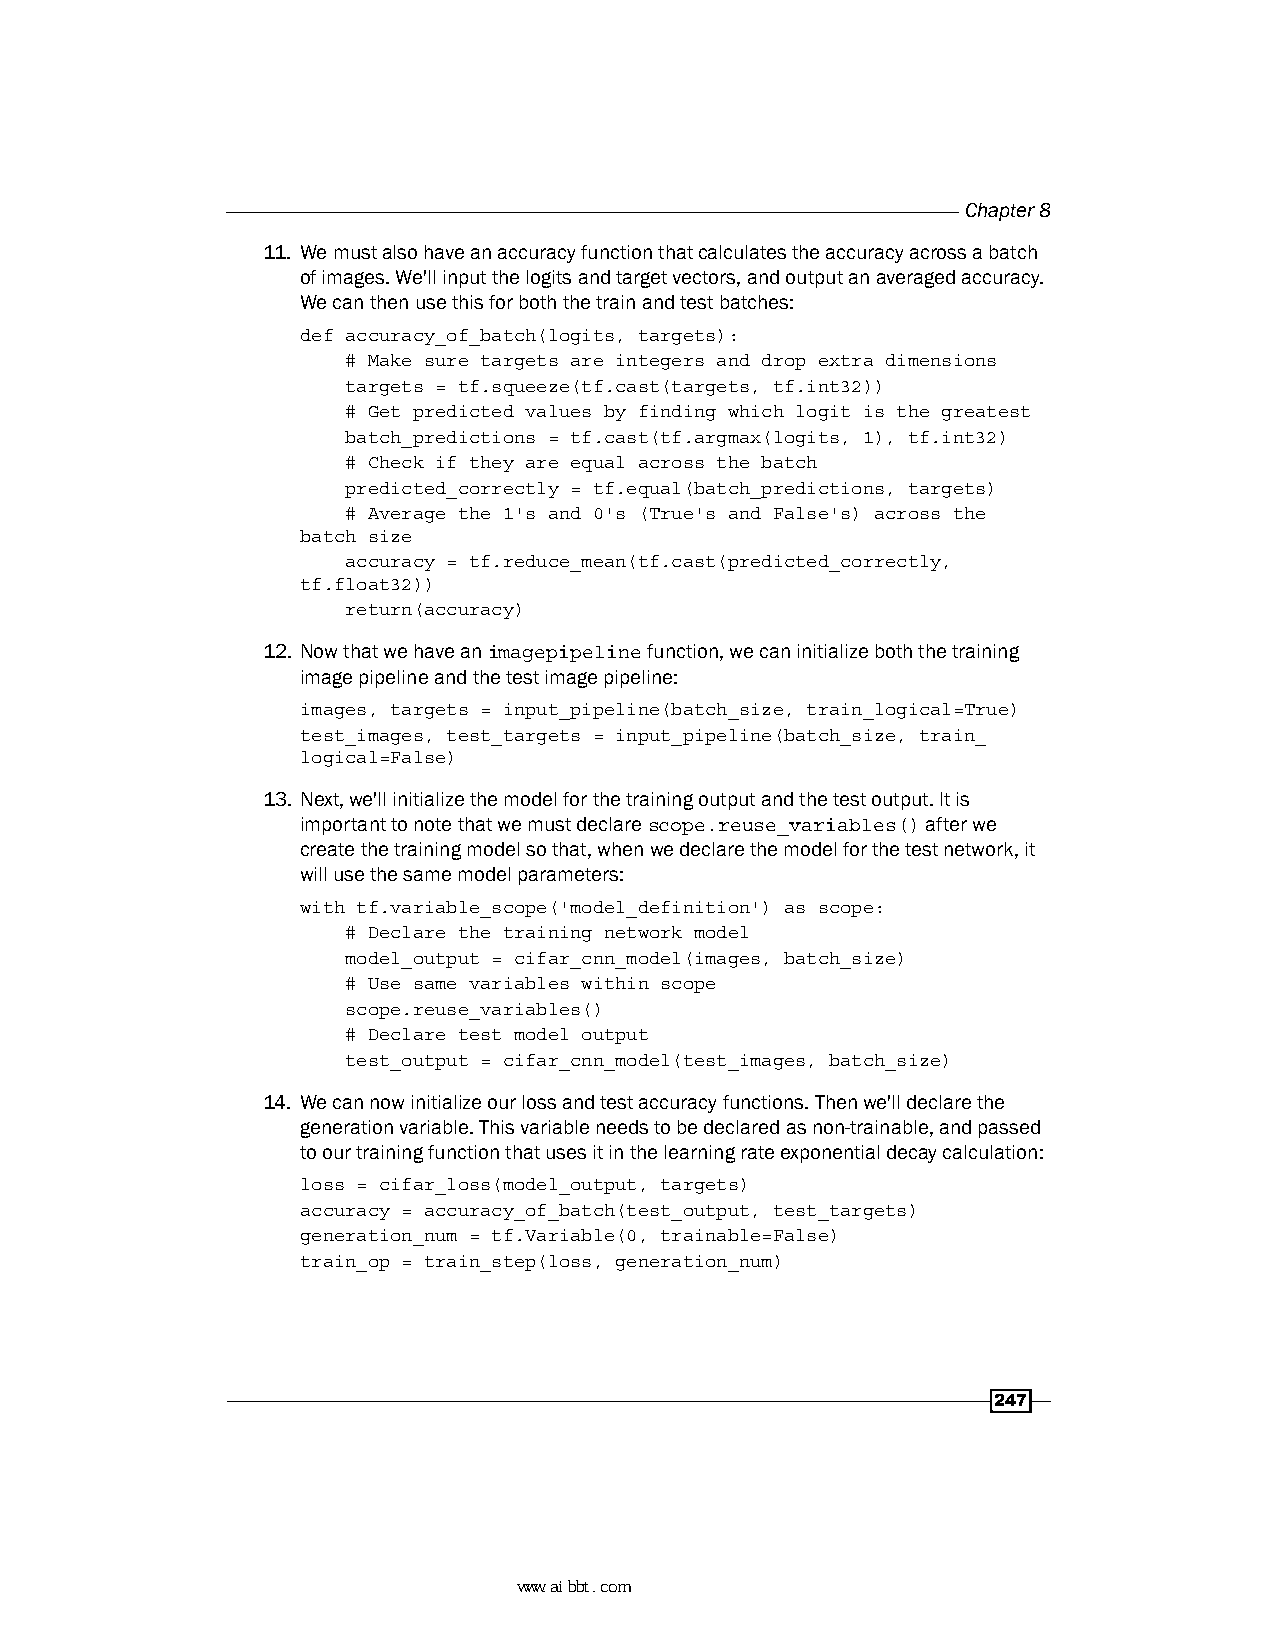
Chapter 8
 11. We must also have an accuracy function that calculates the accuracy across a batch
 of images. We'll input the logits and target vectors, and output an averaged accuracy.
 We can then use this for both the train and test batches:
 def accuracy_of_batch(logits, targets):
 # Make sure targets are integers and drop extra dimensions
 targets = tf.squeeze(tf.cast(targets, tf.int32))
 # Get predicted values by finding which logit is the greatest
 batch_predictions = tf.cast(tf.argmax(logits, 1), tf.int32)
 # Check if they are equal across the batch
 predicted_correctly = tf.equal(batch_predictions, targets)
 # Average the 1's and 0's (True's and False's) across the
 batch size
 accuracy = tf.reduce_mean(tf.cast(predicted_correctly,
 tf.float32))
 return(accuracy)
 12. Now that we have an imagepipeline function, we can initialize both the training
 image pipeline and the test image pipeline:
 images, targets = input_pipeline(batch_size, train_logical=True)
 test_images, test_targets = input_pipeline(batch_size, train_
 logical=False)
 13. Next, we'll initialize the model for the training output and the test output. It is
 important to note that we must declare scope.reuse_variables() after we
 create the training model so that, when we declare the model for the test network, it
 will use the same model parameters:
 with tf.variable_scope('model_definition') as scope:
 # Declare the training network model
 model_output = cifar_cnn_model(images, batch_size)
 # Use same variables within scope
 scope.reuse_variables()
 # Declare test model output
 test_output = cifar_cnn_model(test_images, batch_size)
 14. We can now initialize our loss and test accuracy functions. Then we'll declare the
 generation variable. This variable needs to be declared as non-trainable, and passed
 to our training function that uses it in the learning rate exponential decay calculation:
 loss = cifar_loss(model_output, targets)
 accuracy = accuracy_of_batch(test_output, test_targets)
 generation_num = tf.Variable(0, trainable=False)
 train_op = train_step(loss, generation_num)
 247
 www.aibbt.com 让未来触手可及